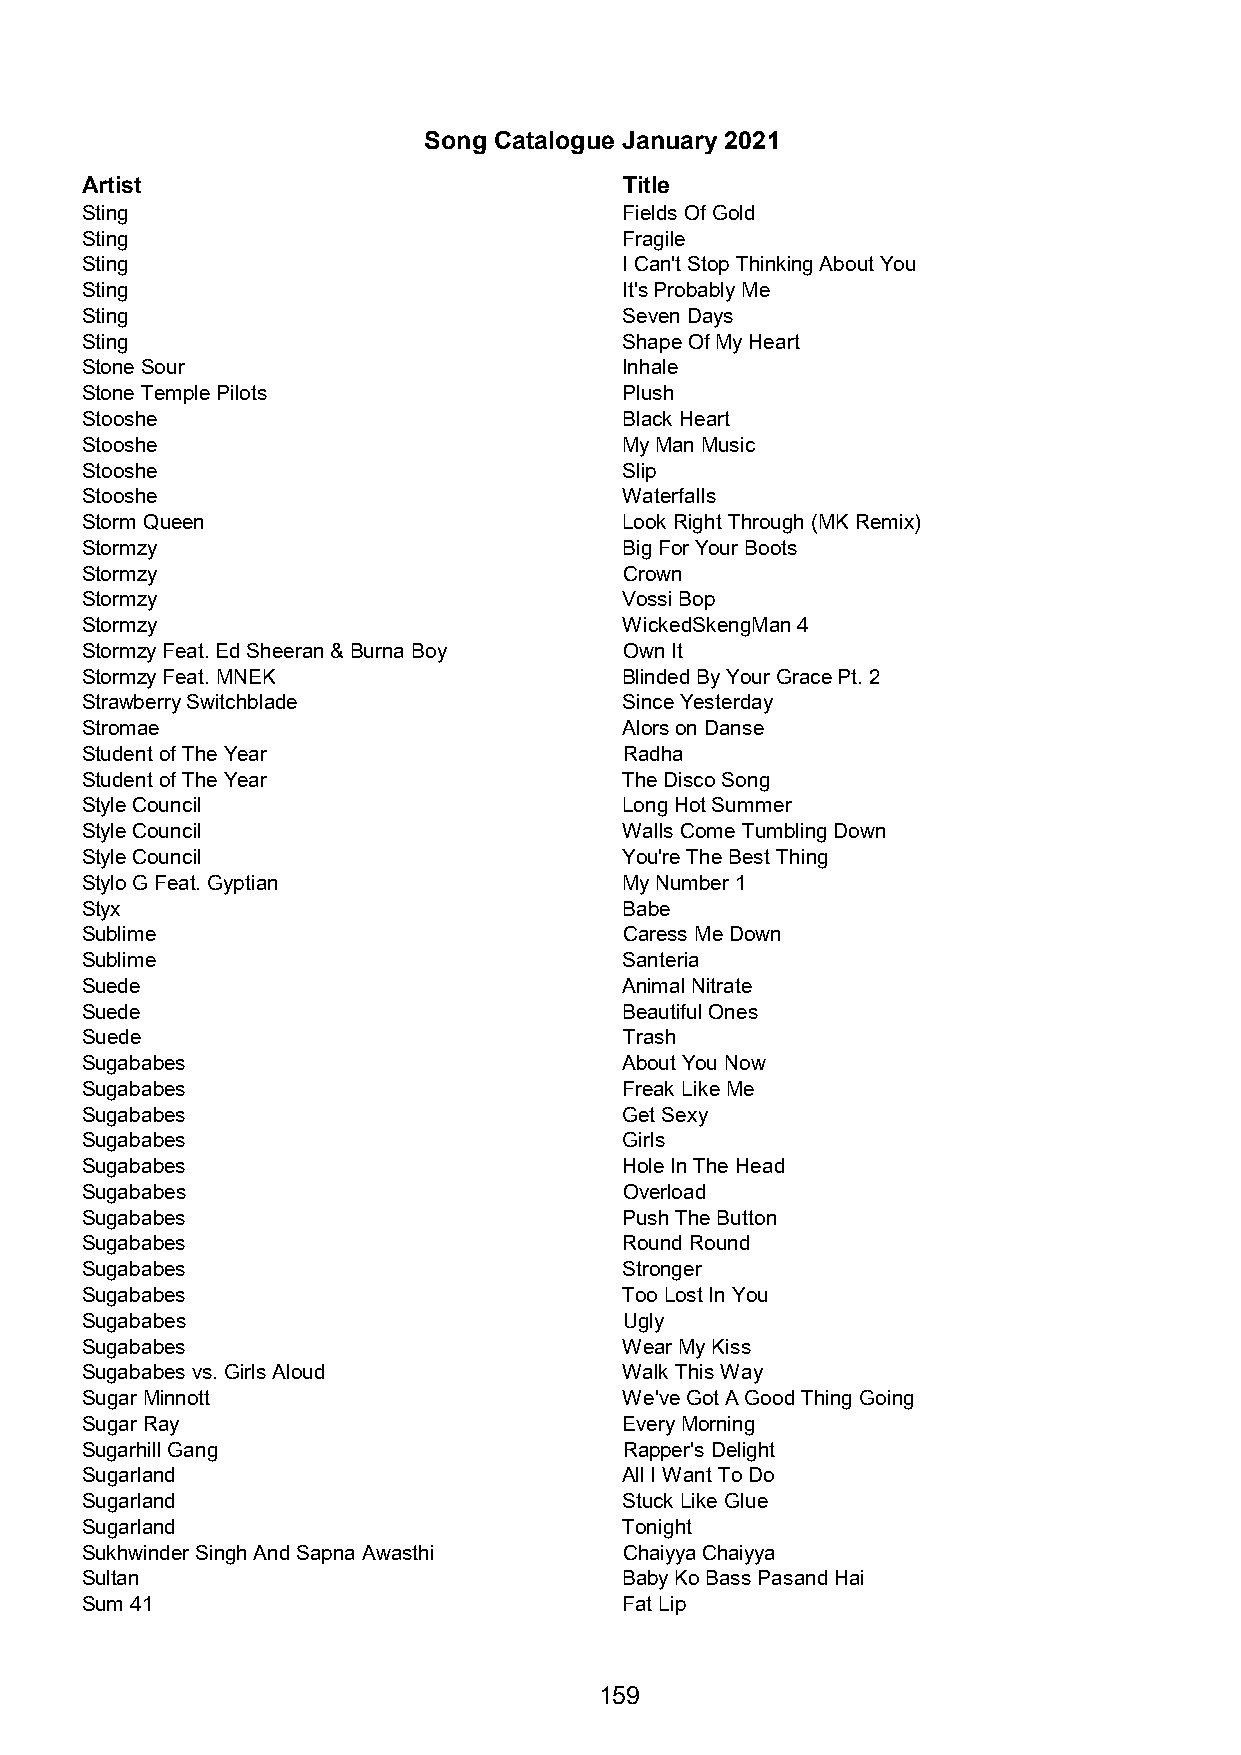
Song Catalogue January 2021
 Artist                              Title
 Sting                               Fields Of Gold
 Sting                               Fragile
 Sting                               I Can't Stop Thinking About You
 Sting                               It's Probably Me
 Sting                               Seven Days
 Sting                               Shape Of My Heart
 Stone Sour                          Inhale
 Stone Temple Pilots                 Plush
 Stooshe                             Black Heart
 Stooshe                             My Man Music
 Stooshe                             Slip
 Stooshe                             Waterfalls
 Storm Queen                         Look Right Through (MK Remix)
 Stormzy                             Big For Your Boots
 Stormzy                             Crown
 Stormzy                             Vossi Bop
 Stormzy                             WickedSkengMan 4
 Stormzy Feat. Ed Sheeran & Burna Boy Own It
 Stormzy Feat. MNEK                  Blinded By Your Grace Pt. 2
 Strawberry Switchblade              Since Yesterday
 Stromae                             Alors on Danse
 Student of The Year                 Radha
 Student of The Year                 The Disco Song
 Style Council                       Long Hot Summer
 Style Council                       Walls Come Tumbling Down
 Style Council                       You're The Best Thing
 Stylo G Feat. Gyptian               My Number 1
 Styx                                Babe
 Sublime                             Caress Me Down
 Sublime                             Santeria
 Suede                               Animal Nitrate
 Suede                               Beautiful Ones
 Suede                               Trash
 Sugababes                           About You Now
 Sugababes                           Freak Like Me
 Sugababes                           Get Sexy
 Sugababes                           Girls
 Sugababes                           Hole In The Head
 Sugababes                           Overload
 Sugababes                           Push The Button
 Sugababes                           Round Round
 Sugababes                           Stronger
 Sugababes                           Too Lost In You
 Sugababes                           Ugly
 Sugababes                           Wear My Kiss
 Sugababes vs. Girls Aloud           Walk This Way
 Sugar Minnott                       We've Got A Good Thing Going
 Sugar Ray                           Every Morning
 Sugarhill Gang                      Rapper's Delight
 Sugarland                           All I Want To Do
 Sugarland                           Stuck Like Glue
 Sugarland                           Tonight
 Sukhwinder Singh And Sapna Awasthi  Chaiyya Chaiyya
 Sultan                              Baby Ko Bass Pasand Hai
 Sum 41                              Fat Lip
 159